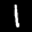
Label: 1